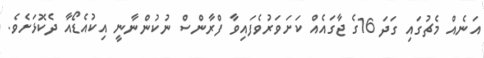
އަނެއް މެޗުގައި ގަދަ 16ގެ ޖާގައެއް ކަށަވަރުވެފައިވާ ފްރާންސް ނުކުންނާނީ އިކުއެޑޯއާ ދެކޮޅަށެވެ.